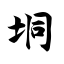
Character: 垌